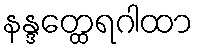
နန္ဒတ္ထေရဂါထာ